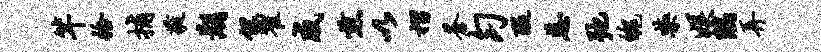
竿拾捕蕤湖但翟威煎以摺苍匀醍慈弛魄禁娱隅弄